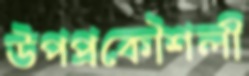
উপপ্রকৌশলী